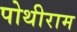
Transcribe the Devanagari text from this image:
पोथीराम